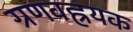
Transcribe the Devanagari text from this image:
ग्रणवह्रयक